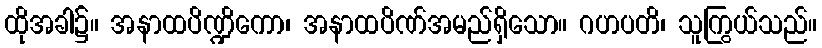
ထိုအခါ၌။ အနာထပိဏ္ဍိကော၊ အနာထပိဏ်အမည်ရှိသော။ ဂဟပတိ၊ သူကြွယ်သည်။